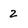
Character: 2